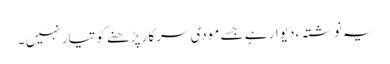
یہ نوشتہ ءِ دیوار ہے جسے مودی سرکار پڑھنے کو تیار نہیں ۔